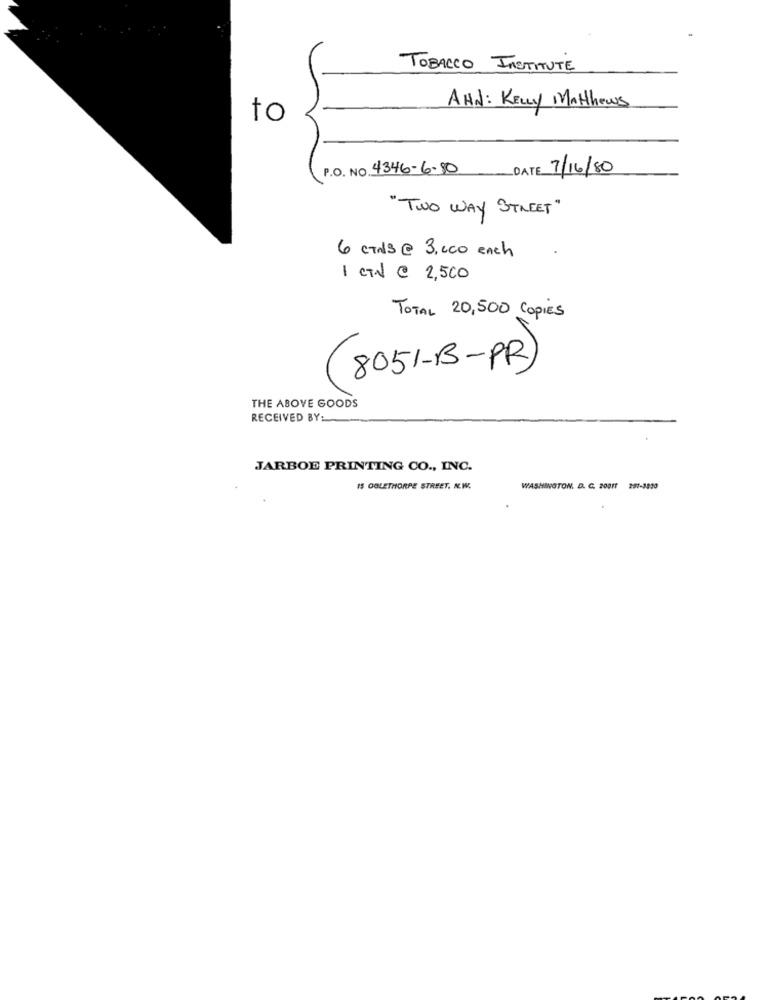
TOBACCO INSTITUTE
AHd: KELLY Mathews
to
P.O. NO. 4346-6-80
DATE 7/16/80
"TWO WAY STREET"
6 CTAS@ 3.000 ench
1 CV @ 2,500
TOTAL 20,500 Copies
8051-B-PR
THE ABOVE GOODS
RECEIVED BY:
JARBOE PRINTING CO ., INC.
IS OGLETHORPE STREET. N.W.
WASHINGTON, D. C. 20011
291-3000